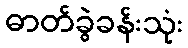
ဓာတ်ခွဲခန်းသုံး